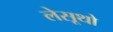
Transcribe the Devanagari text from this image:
लेसूथो